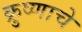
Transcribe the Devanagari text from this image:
क्रुष्णाचे